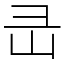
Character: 㞪